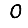
Digit: 0